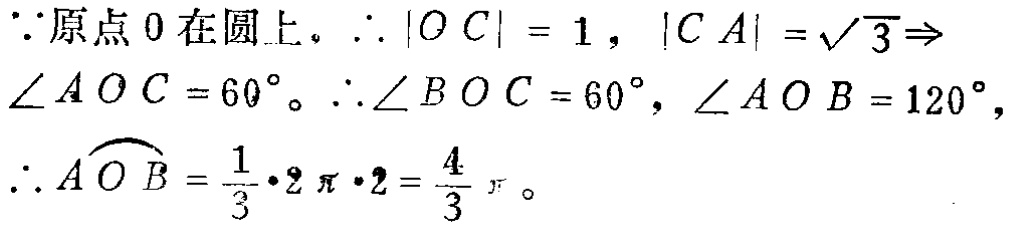
\(\because\)原点\(O\)在圆上，\(\therefore |OC| = 1\)，\(|CA| =\sqrt{3}\Rightarrow\)
\(\angle AOC = 60^{\circ}\)。\(\therefore\angle BOC = 60^{\circ}\)，\(\angle AOB = 120^{\circ}\)，
\(\therefore \overset{\frown}{AOB}=\frac{1}{3}\cdot 2\pi\cdot 2=\frac{4}{3}\pi\)。